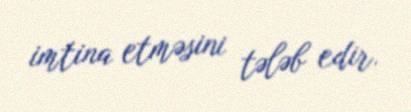
imtina etməsini tələb edir.